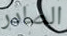
الصادر